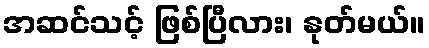
အဆင်သင့် ဖြစ်ပြီလား၊ နုတ်မယ်။